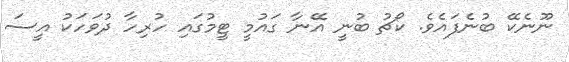
ނޫނެކޭ ބުނެފައެވެ. ކޯޗު ބުނީ އޭނާ ގައުމީ ޓީމުގައި ހުރިހާ ދުވަހަކު އީސަ